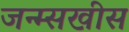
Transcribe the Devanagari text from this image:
जन्म्सखीस